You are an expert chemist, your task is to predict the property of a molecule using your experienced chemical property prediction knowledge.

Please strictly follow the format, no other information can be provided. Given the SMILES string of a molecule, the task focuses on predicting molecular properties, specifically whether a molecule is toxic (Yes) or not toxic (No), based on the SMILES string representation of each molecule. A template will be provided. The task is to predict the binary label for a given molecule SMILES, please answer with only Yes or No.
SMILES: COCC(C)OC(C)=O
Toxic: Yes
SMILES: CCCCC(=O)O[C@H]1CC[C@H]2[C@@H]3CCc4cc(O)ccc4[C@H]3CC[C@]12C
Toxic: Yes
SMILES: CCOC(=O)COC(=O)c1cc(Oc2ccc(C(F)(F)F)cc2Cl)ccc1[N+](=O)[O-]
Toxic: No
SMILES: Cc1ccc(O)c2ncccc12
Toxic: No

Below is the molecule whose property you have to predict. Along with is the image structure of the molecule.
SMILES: CCCCCCc1ccc(-c2ccc(C#N)cc2)cc1
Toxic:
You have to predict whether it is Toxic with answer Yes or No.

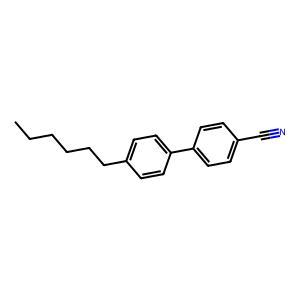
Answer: No